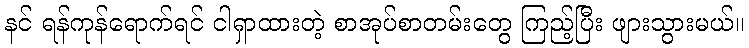
နင် ရန်ကုန်ရောက်ရင် ငါရှာထားတဲ့ စာအုပ်စာတမ်းတွေ ကြည့်ပြီး ဖျားသွားမယ်။